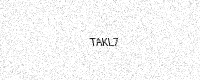
Text: TAKL7